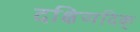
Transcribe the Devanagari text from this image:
दक्षिणदिक्